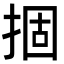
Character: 㧽